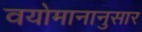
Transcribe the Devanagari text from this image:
वयोमानानुसार